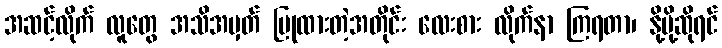
အဆင့်လိုက် လူတွေ အသိအမှတ် ပြုထားတဲ့အတိုင်း လေးစား လိုက်နာ ကြရတာ၊ နို့မို့ဆိုရင်